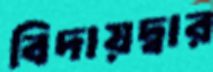
বিদায়দ্বার